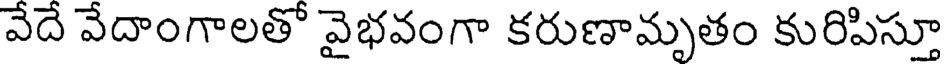
వేదే వేదాంగాలతో వైభవంగా కరుణామృతం కురిపిస్తూ